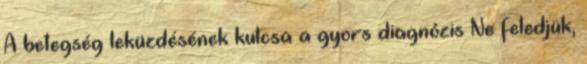
A betegség leküzdésének kulcsa a gyors diagnózis Ne feledjük,